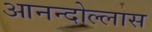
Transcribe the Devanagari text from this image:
आनन्दोल्लास